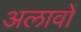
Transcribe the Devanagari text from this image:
अलावों